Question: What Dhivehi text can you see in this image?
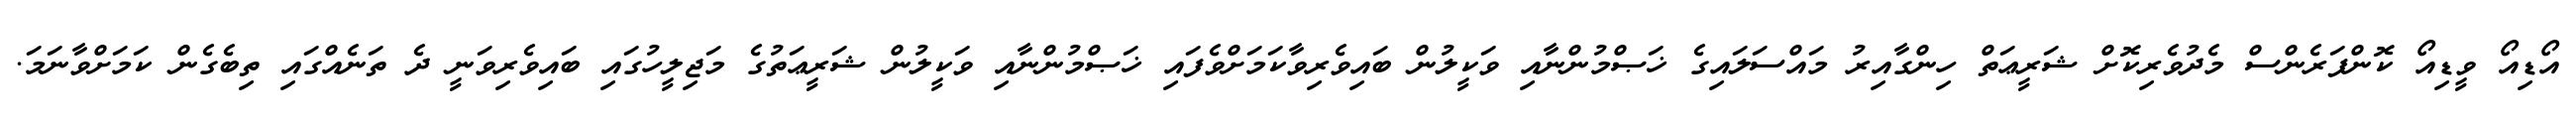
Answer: އޯޑިއޯ ވީޑިއޯ ކޮންފަރެންސް މެދުވެރިކޮށް ޝަރީޢަތް ހިންގާއިރު މައްސަލައިގެ ޚަޞްމުންނާއި ވަކީލުން ބައިވެރިވާކަމަށްވެފައި ޚަޞްމުންނާއި ވަކީލުން ޝަރީޢަތުގެ މަޖިލީހުގައި ބައިވެރިވަނީ ދެ ތަނެއްގައި ތިބެގެން ކަމަށްވާނަމަ.